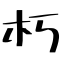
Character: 朽